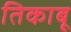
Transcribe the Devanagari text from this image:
तिकाबू